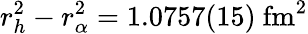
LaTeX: r_{h}^{2}-r_{\alpha}^{2}=1.0757(15)\ \mathrm{fm^{2}}